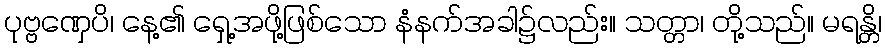
ပုဗ္ဗဏှေပိ၊ နေ့၏ ရှေ့အဖို့ဖြစ်သော နံနက်အခါ၌လည်း။ သတ္တာ၊ တို့သည်။ မရန္တိ၊